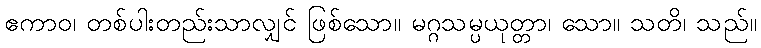
ဧကာဝ၊ တစ်ပါးတည်းသာလျှင် ဖြစ်သော။ မဂ္ဂသမ္ပယုတ္တာ၊ သော။ သတိ၊ သည်။